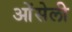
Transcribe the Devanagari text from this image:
ओंसेली